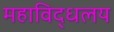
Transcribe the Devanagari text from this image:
महाविद्धलय